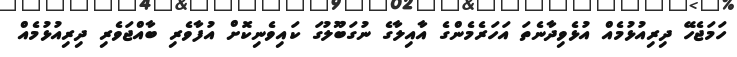
ހަމަޖެހޭ ދިރިއުޅުމެއް އުޅެވިދާނެތަ އަހަރެމެންގެ އާއިލާގެ ނުގަބޫލުގަ ކައިވެނިކޮށް އުފާވެރި ބާއްޖަވެރި ދިރިއުޅުމެއް